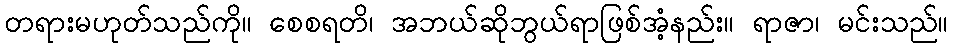
တရားမဟုတ်သည်ကို။ စေစရတိ၊ အဘယ်ဆိုဘွယ်ရာဖြစ်အံ့နည်း။ ရာဇာ၊ မင်းသည်။